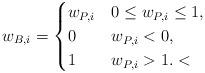
LaTeX: \begin{align*}w_{B,i} = \begin{cases} w_{P,i} & 0 \leq w_{P,i} \leq 1,\\ 0 & w_{P,i} < 0,\\ 1 & w_{P,i} > 1.<\end{cases}\end{align*}